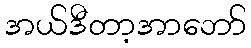
အယ်ဒီတာ့အာဘော်